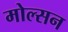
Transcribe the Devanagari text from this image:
मोल्सन